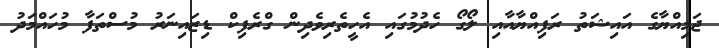
ޖަމިއްޔާގެ އައިޝަތު ރަފިއްޔާއާއި ލޯގޯ ހެދުމުގައި އެހީތެރިވެދިން ގްރެފިކް ޑިޒައިނަރު މުސްތަފާ މުހައްމަދު